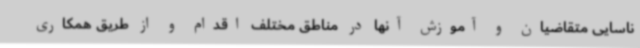
ناسایی متقاضیان و آموزش آنها در مناطق مختلف اقدام و از طریق همکاری